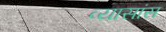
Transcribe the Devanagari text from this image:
व्यासांस